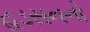
હડસનનો